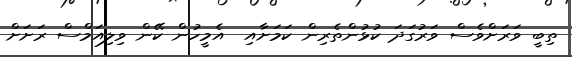
ތިބީ ވަރަށްވެސް ވަރުގަދަ ކުޅުންތެރިން ކަމަށާއި  އެމީހުން ކޭން ވިލިއަމްސް ރަށަށް